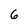
Character: 6